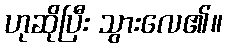
ဟုဆိုပြီး သွားလေ၏။